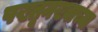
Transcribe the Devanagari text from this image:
पख्तूनख्वाच्या